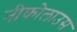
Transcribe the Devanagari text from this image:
नीकोलाउस